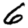
Digit: 6